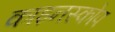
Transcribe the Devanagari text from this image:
काइनस्कोप